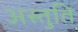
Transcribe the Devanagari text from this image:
अस्तुति